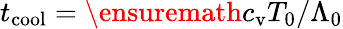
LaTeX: t_{\mathrm{cool}}=\ensuremath{c_{\mathrm{v}}}T_{0}/\Lambda_{0}